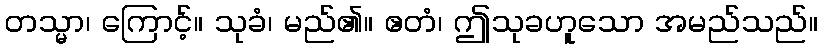
တသ္မာ၊ ကြောင့်။ သုခံ၊ မည်၏။ ဧတံ၊ ဤသုခဟူသော အမည်သည်။